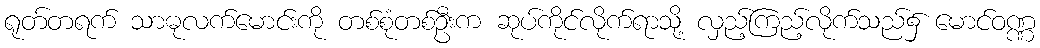
ရုတ်တရက် သာဓုလက်မောင်းကို တစ်စုံတစ်ဦးက ဆုပ်ကိုင်လိုက်ရာသို့ လှည့်ကြည့်လိုက်သည်၌ မောင်ဝဏ္ဏ